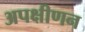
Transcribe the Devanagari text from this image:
अपक्षीणन